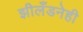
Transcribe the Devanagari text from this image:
झीलँडनेही